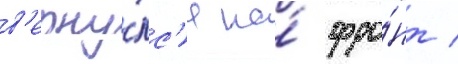
в'ерну́лс'я на́ фро́нт /